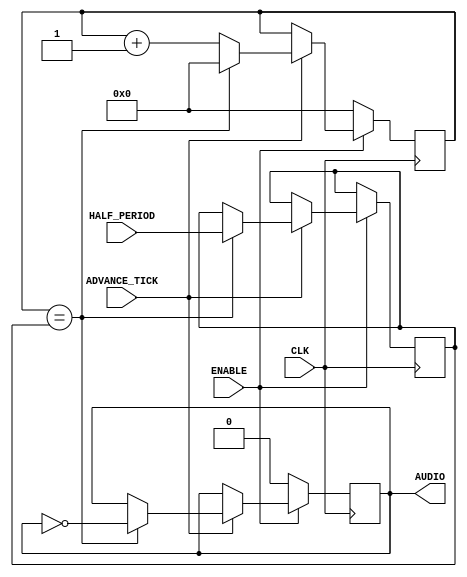
`timescale 1ns / 1ps

/// Simple square wave synthesizer.
///
/// Generates a square wave in AUDIO with a period of 2 * HALF_PERIOD ticks.
/// The internal timer is advanced by a tick every clock cycle where
/// (ENABLE && ADVANCE_TICK) is true. If ENABLE is false, internal state and
/// output are reset.
module SquareSynth(
   input CLK,
   input ADVANCE_TICK,
   input ENABLE,
   input[15:0] HALF_PERIOD,
   output reg AUDIO
   );

   reg[15:0] tick;
   reg[15:0] currHalfPeriod;

   initial begin
      tick = 0;
      AUDIO = 0;
      currHalfPeriod = 0;
   end

   always@(posedge CLK) begin
      if (ENABLE) begin
         if (ADVANCE_TICK) begin
            if (tick == currHalfPeriod) begin
               AUDIO <= ~AUDIO;
               currHalfPeriod <= HALF_PERIOD;
               tick <= 0;
            end else begin
               tick <= tick + 1;
            end
         end
      end else begin
         tick <= 0;
         AUDIO <= 0;
      end
   end
endmodule